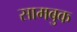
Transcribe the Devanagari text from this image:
सामबुक